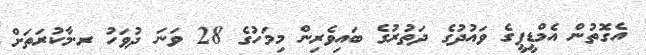
އެގޮތުން އެމްޑީޕީގެ ވައުދުގެ ދަތުރުގެ ބައިވެރިން މިމަހުގެ 28 ވަނަ ދުވަހު ރ.މާކުރަތަށް